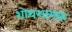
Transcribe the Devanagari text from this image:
शोथशामक